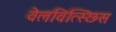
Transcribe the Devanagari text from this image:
वेलवित्स्छिस